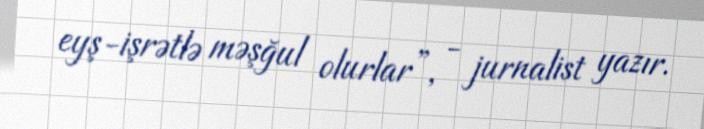
eyş-işrətlə məşğul olurlar”, - jurnalist yazır.